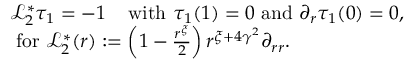
\begin{array} { r l } & { \mathcal L _ { 2 } ^ { * } \tau _ { 1 } = - 1 \; \; \; \mathrm { ~ w i t h ~ } \tau _ { 1 } ( 1 ) = 0 \mathrm { ~ a n d ~ } \partial _ { r } \tau _ { 1 } ( 0 ) = 0 , } \\ & { \mathrm { ~ f o r ~ } \mathcal L _ { 2 } ^ { * } ( r ) : = \left( 1 - \frac { r ^ { \xi } } { 2 } \right) r ^ { \xi + 4 \gamma ^ { 2 } } \partial _ { r r } . } \end{array}